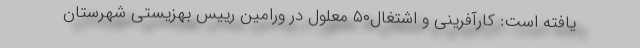
یافته است: کارآفرینی و اشتغال۵۰ معلول در ورامین رییس بهزیستی شهرستان